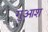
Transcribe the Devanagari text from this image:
गुआश